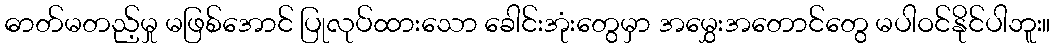
ဓာတ်မတည့်မှု မဖြစ်အောင် ပြုလုပ်ထားသော ခေါင်းအုံးတွေမှာ အမွှေးအတောင်တွေ မပါဝင်နိုင်ပါဘူး။